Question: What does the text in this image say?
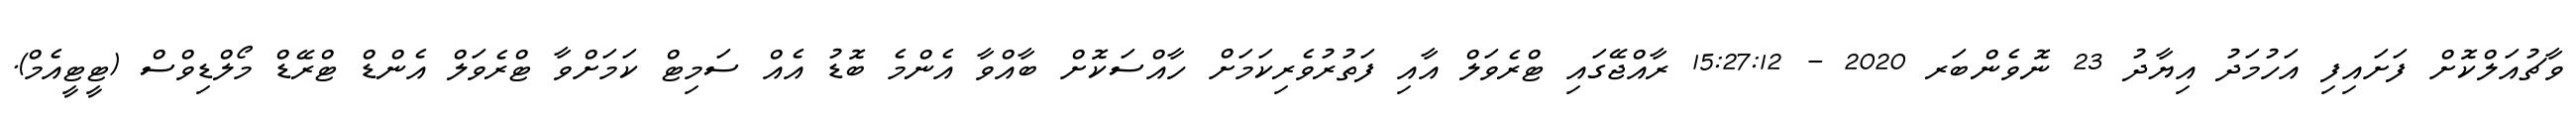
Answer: ވާޗުއަލްކޮށް ފަށައިފި އަހުމަދު އިޔާދު 23 ނޮވެންބަރ 2020 - 15:27:12 ރާއްޖޭގައި ޓްރެވަލް އާއި ފަތުރުވެރިކަމަށް ހާއްސަކޮށް ބާއްވާ އެންމެ ބޮޑު އެއް ސަމިޓް ކަމަށްވާ ޓްރެވަލް އެންޑް ޓްރޭޑް މޯލްޑިވްސް (ޓީޓީއެމް).